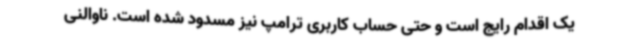
یک اقدام رایج است و حتی حساب کاربری ترامپ نیز مسدود شده است. ناوالنی